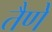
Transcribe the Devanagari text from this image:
तैणे